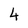
Character: 4